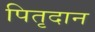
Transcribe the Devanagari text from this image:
पितृदान